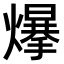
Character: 𤐲